Vital statistics of India. Vol. VI, European troops 1870-79
Year: 1870
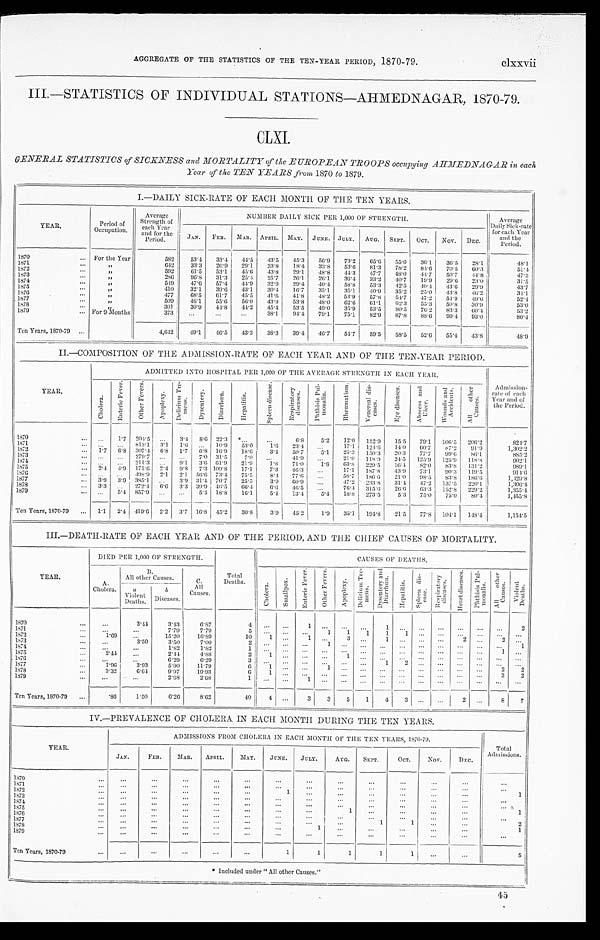
clxxvii
AGGREGATE OF THE STATISTICS OF THE TEN-YEAR PERIOD, 1870-79.
III.—STATISTICS OF INDIVIDUAL STATIONS—AHMEDNAGAR, 1870-79.
CLXI.
GENERAL STATISTICS of SICKNESS and MORTALITY of the EUROPEAN TROOPS occupying AHMEDNAGAR in each
Year of the TEN YEARS from 1870 to 1879.
I.—DAILY SICK-RATE OF EACH MONTH OF THE TEN YEARS.
YEAR.
P
Periodof er
Occupation.
Average i
Strength of
each Year
and for the
Period.
NUMBER DAILY SICK PER 1,000 OF STRENGTH.
Daily Sick-rate
Average D a i l y S i c k - r a t e
for each Year
and the
Period.
JAN. FEB. MAR. APRIL. MAY. JUNE.
J U L Y . AUG. SEPT. OCT. NOV. DEC.
1870
For the Year
582 53.4 33.4 44.5 43.5 45.3 50.9 73.2 65.6 55.0 36.1 36.5 28. 1
48.1
1871
„
642 33.3 26.9 29.1 33.8 18.4 33.8 53.6 81.3 78.2 84.6 70.5 60.3
51.4
1872
„
592 61. 53.1 45.6 43.8 29.1 48.8 44.3 47.7 48.0 44.7 50.7
4 4 . 8
47.3
1873
„
286 96.8 31.3 25.4 25.7 26.1 26.1 36.4 33.2 40.7 19.9 29.6 23. 0
31.5
1874
549 47.6 57.1 44.9 32.9 29.4 40.4 58.8 53.3 42.5 40.4 43.6 29. 9
43.7
1875
„
410 32.1 39.0 43.1 30.4 16.7 35.1 35.1 40.9 35.2 25.0 43.8 46.2
3 41
1876
„
477 68.5 61.7 45.5 41.6 41.8 48.2 53.9 57.8 54.7 47.2 54.9 49.6
52.4
1877
„
509 46.1 55.6
5 6 . 0 43.9 53.8 48.0 62.6 61.1 62.3 55.3 50.8 30. 9
53.0
1878
„
301 30.9
4 4 . 8 44.2 45.4 53.5 49.0 35.9 53.5 80.5 76.2 83.3 60.4
5 3 . 2
1879
For 9 Months
373
38.1 94.4 79.1 75.1 82.9 87.8 88.6 99.4 93. 0
80.4
Ten Years, 1870-79
4,642 49.1 46.5 43.3 38.3 39.4 46.7 51.7 59.5 58.5 52.655.4 43.8
48.9
II.—COMPOSITION OF THE ADMISSION-RATE OF EACH YEAR AND OF THE TEN-YEAR PERIOD.
YEAR.
ADMITTED INTO HOSPITAL PER 1,000 OF THE AVERAGE STRENGTH IN EACH YEAR.
Admission-
rate or
Year and of
the Period.
C h o l e r a .
E n t e r i c F e v e r .
O t h e r F e v e r s .
A p o p l e x y . D e l i r i u m T r e -
me n s .
D y s e n t e r y . D i a r r h œ a .
H e p a t i t i s .
S p l e e n d i s e a s e . R e s p i r a t o r y
d i s e a s e s .
P h y t h i s i s P u l -
m o n a l i s .
R h e u m a t i s m . V e n e r a l d i s -
e a s e s .
E y e d i s e a s e s . A b s c e s a n d U l c e r .
W o u n d s a n d
A c c i d n e t s .
A l l o t h e r C a u s e s .
1870 1871 1872 1873
187 4
1875
1876
1877
1878 1879
Ten Years, 1870-79
1 . 7 2 . 4
3 . 9
33.3 3.3
1.7
6.8
4.9
3.9
5,4
2.4
204.5 813. 1
307.4 279.7 211.3 175.6
498.9 385.1 272.4
857.9
419.6
3.1 6.8
2.4 2. 1
6.6
2.2
3.4 1.6
1.7
9.1 9.8
3.9
3.3
3.7
8. 6
6.8 7.0 3.6 7.3
31.4 39.9 5.4
16.8
22.3 10.9 16.9
31.5
61.9
109.8 73.4 70.7 40.5 18.8
15.2
53.0
18.6 7.0
21.9 17.1 75.5 25.5 66.4 16.1
30.8
1.6
3.4
1.8
7.3 8.4 3.9
6.6 5.4
3.9
6.8
23.4 50.7
41.9 71.0 46.3 77.6 60.9 46.5 13.4
45.2
5.2
5.1
l.8
5.4
1.9
12.0 17.1
25.3 21.0 63.8 17.1
47.2 76.4 18.8
35.1
152.9 121.6
150.3 118.9 229.5 187.8 86.6
233.8
315.6 273.5
194.8
15.5 14.0
20.3 24.5 16.4 4 3 . 9
21.0 31.4 26.6 5.3
21.5
79.1 60.7 77.7
125.9 82.0
73.1 98.5
47.2 63.3 75.0
77.8
101.5 87.2
99.6
125.9 83.8 90.3 83.8
137.5 152.8 75.0
104.1
206.2 91.9 86.1
118.8 131.2 119.5 186.6 220.1
229.2 80.4
148.4
824. 7
1, 302. 2
885. 2
902. 1
989.1 914. 6
1429.8 1, 306. 4
1,355.4 1, 455. 8
1, 154. 5
III.—DEATH-RATE OF EACH YEAR AND OF THE PERIOD, AND THE CHIEF CAUSES OF MORTALITY.
YEAR.
DIED PER 1,000 OF STRENGTH.
Total
Deaths.
CAUSES OF DEATHS.
A.
Cholera.
B .
All other Causes.
C.
All
Causes.
C h o l e r a .
S m a l l p o x .
E n t e r i c F e v e r .
O t h e r F e v e r .
A p o p l e x y .
D e l i r i u m T r e -
m e n s .
D y s e n t e r y a n d D i a r r h œ a .
H e p a t i t i s .
S p l e e n d i s -
e a s e .
R e s p i r a t o r y
d i s e a s e s .
H e a r t d i s e a s e s .
P h y t h i s i s P u l -
m o n a l i s .
A l l o t h e r C u a s e s .
V i o l e n t D e a t h s .
a
Violent Deaths.
b
Diseases.
1870
3.44 3.43
6.87
4
1
1
2
1871
7.79
7.79
5
1 1 1 1 1
1872
1.69
15.20 16.89
1 0
1
1
3
1
2
2
1873
3.50 3.50 7.00
2
1
1
1874
1.82
1.82
1
1
1875
2.44
2.44 4.88
2
1
1876
6.29 6.29
3
1 2
1877
1.96 3.93
5.90 11.79
6
1
1
2
2
1878
3.32 6.64 9.97 19.93
6
1
3 2
1879
2.68 2.68
Ten Years, 1870-79
.86
1.50
6.26 8.62
40
4
3
3 5 1 4 3
2
8 7
IV.—PREVALENCE OF CHOLERA IN EACH MONTH DURING THE TEN YEARS,
YEAR.
ADMISSIONS FROM CHOLERA IN EACH MONTH OF THE TEN YEARS, 1870-79,
To t a Ad mi s s i o n s .
JAN. FEB. MAR.
APRIL. MAY. JUNE. JULY. AUG. SEPT.
OCT. Nov. DEC.
1870 1871 1872
1
1
1873 1874
1875
1
1
1876 1877
1
1
2
1878
1
1
1879
Ten Years, 1870-79
1
1
1 1
5
Included under " All other Causes."
45